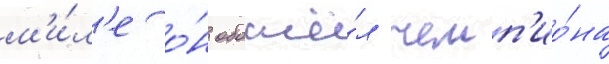
м'и́л'е о́н обошё́л чемп'ио́на